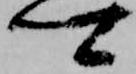
卿